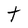
Character: t